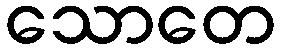
သောတေ